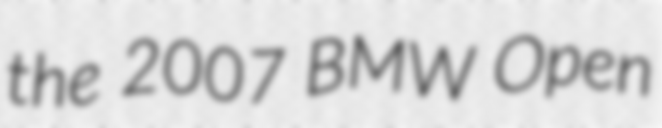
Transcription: the 2007 BMW Open